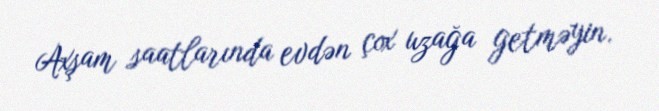
Axşam saatlarında evdən çox uzağa getməyin.